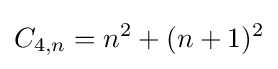
C_{4,n}=n^{2}+(n+1)^{2}